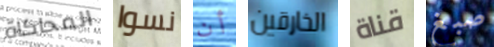
المحاكاة نسوا أن الخارقين قناة صبغ